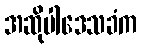
အဆိုပါဒေသခံက